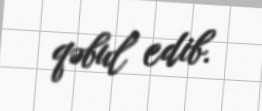
qəbul edib.